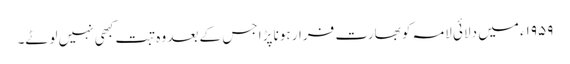
۱۹۵۹ء میں دلائی لامہ کو بھارت فرار ہونا پڑا جس کے بعد وہ تبت کبھی نہیں لوٹے۔